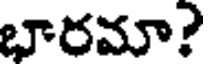
భారమా?